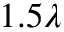
1 . 5 \lambda